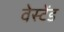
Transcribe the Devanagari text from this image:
वेस्टेंड